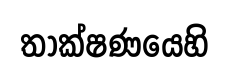
තාක්ෂණයෙහි